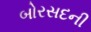
બોરસદની